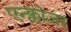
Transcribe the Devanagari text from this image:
एन्क्लोज़र